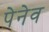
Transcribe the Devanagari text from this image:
पेनेव